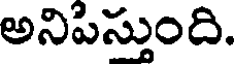
అనిపిస్తుంది.